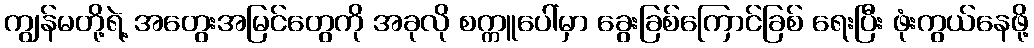
ကျွန်မတို့ရဲ့ အတွေးအမြင်တွေကို အခုလို စက္ကူပေါ်မှာ ခွေးခြစ်ကြောင်ခြစ် ရေးပြီး ဖုံးကွယ်နေဖို့